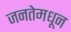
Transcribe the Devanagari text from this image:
जनतेमधून